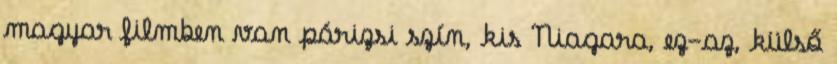
magyar filmben van párizsi szín, kis Niagara, ez-az, külső